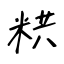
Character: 粠